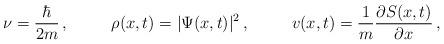
LaTeX: \begin{align*}\nu=\frac{\hbar}{2m} \, , \; \; \; \; \; \; \; \; \;\rho(x,t)=|\Psi(x,t)|^{2}\, , \; \; \; \; \; \; \; \; \;v(x,t) = \frac{1}{m}\frac{\partial S(x,t)}{\partial x} \, ,\end{align*}